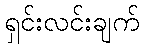
ရှင်းလင်းချက်